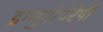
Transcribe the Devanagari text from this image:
इम्युनोथेरेपी